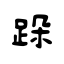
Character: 跺